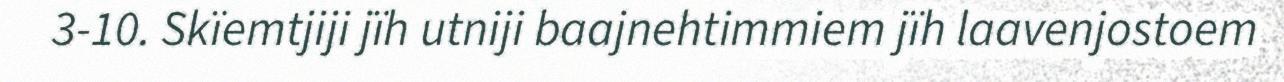
3-10. Skïemtjiji jïh utniji baajnehtimmiem jïh laavenjostoem